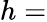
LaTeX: h=